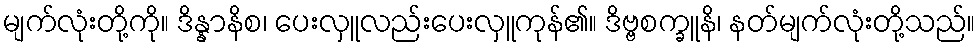
မျက်လုံးတို့ကို။ ဒိန္နာနိစ၊ ပေးလှူလည်းပေးလှူကုန်၏။ ဒိဗ္ဗစက္ခူနိ၊ နတ်မျက်လုံးတို့သည်။